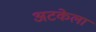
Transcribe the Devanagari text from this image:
अटकेला